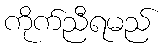
ကိုက်ညီရမည်